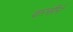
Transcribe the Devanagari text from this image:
वारसीने